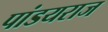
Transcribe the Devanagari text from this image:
पांडयराज